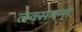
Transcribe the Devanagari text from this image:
लक्समना